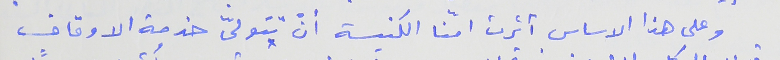
وعلى هذا الاساس أثرت امّنا الكنيسة أنّ تتولىّ خدمة الاوقاف